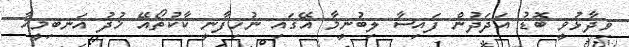
ވިދާޅުވީ ބޮޑު އަދަދުން ފައިސާ ލިބުނީމާ އޭގައި ނުހިފާނީ ކާކުތޯއޭ ޚުދު އަނބިމީހާ